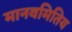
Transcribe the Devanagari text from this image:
मानवमितिय